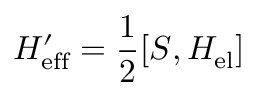
H _ { \mathrm { e f f } } ^ { \prime } = \frac { 1 } { 2 } [ S , H _ { \mathrm { e l } } ]